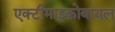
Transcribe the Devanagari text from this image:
एक्टीमाइक्रोबायल